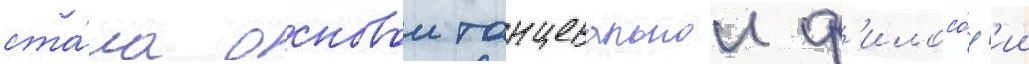
ста́ла основои танцевальнои ф'илосо́ф'ии